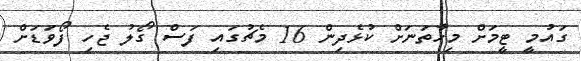
ގައުމީ ޓީމަށް މިހާތަނަށް ކުޅެދިން 16 މެޗުގައި ފަސް ގޯލު ޖެހި ފޯވަޑަށް